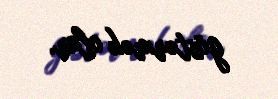
göstərmək olar.